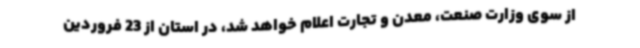
از سوی وزارت صنعت، معدن و تجارت اعلام خواهد شد، در استان از 23 فروردین